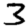
Digit: 3